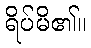
ရိပ်မိ၏။